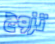
تزوج